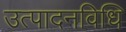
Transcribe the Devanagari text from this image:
उत्पादनविधि